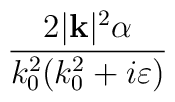
\frac{2|\mathbf{k}|^{2}\alpha }{k^{2}_{0}(k^{2}_{0}+i\varepsilon )}